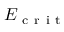
E _ { \mathrm { ~ c ~ r ~ i ~ t ~ } }